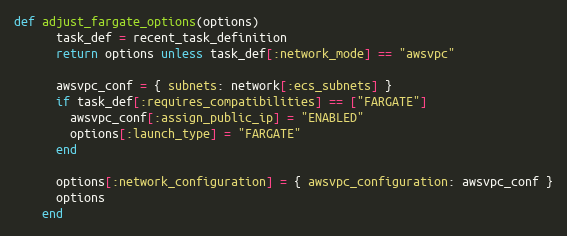
Language: Ruby
def adjust_fargate_options(options)
      task_def = recent_task_definition
      return options unless task_def[:network_mode] == "awsvpc"

      awsvpc_conf = { subnets: network[:ecs_subnets] }
      if task_def[:requires_compatibilities] == ["FARGATE"]
        awsvpc_conf[:assign_public_ip] = "ENABLED"
        options[:launch_type] = "FARGATE"
      end

      options[:network_configuration] = { awsvpc_configuration: awsvpc_conf }
      options
    end